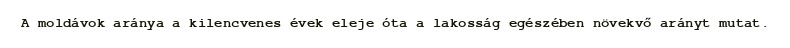
A moldávok aránya a kilencvenes évek eleje óta a lakosság egészében növekvő arányt mutat.